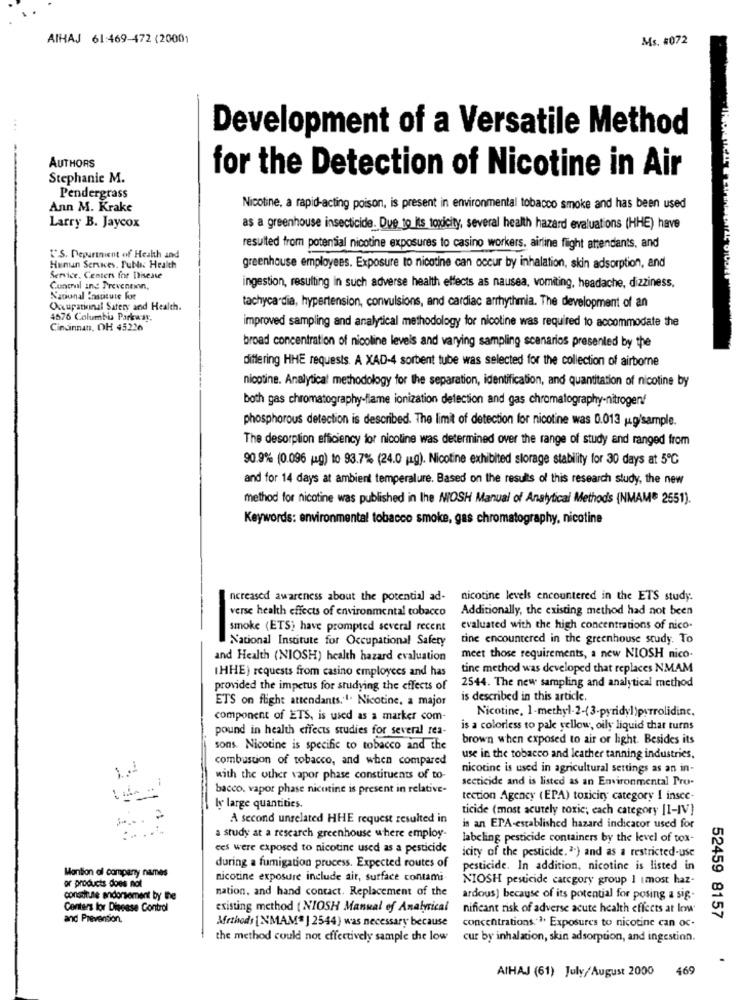
AIHAJ 61:469-472 (20001
Ms. #072
Development of a Versatile Method
AUTHORS
Stephanie M.
for the Detection of Nicotine in Air
Pendergrass
Ann M. Krake
Nicotine, a rapid-acting poison, is present in environmental tobacco smoke and has been used
Larry B. Jaycox
as a greenhouse insecticide. Due to its toxicity, several health hazard evaluations (HHE) have
resulted from potential nicotine exposures to casino workers. airline flight attendants, and
"S. Department of Health and
Human Services, Public Health
greenhouse employees. Exposure to nicotine can occur by inhalation, skin adsorption, and
Service. Centers for Disease
Control and Prevention,
ingestion, resulting in such adverse health effects as nausea, vomiting, headache, dizziness,
National Institute for
Occupational Safery and Health.
tachycardia, hypertension, convulsions, and cardiac arrhythmia. The development of an
4576 Columbia Parkway.
Cindinnan, OH 45226
improved sampling and analytical methodology for nicotine was required to accommodate the
broad concentration of nicoline levels and varying sampling scenarios presented by the
differing HHE requests. A XAD-4 sorbent tube was selected for the collection of airborne
nicotine. Analytical methodology for the separation, identification, and quantitation of nicotine by
both gas chromatography-flame ionization detection and gas chromatography-nitrogen!
phosphorous detection is described. The limit of detection for nicotine was 0.013 g/sample.
The desorption efficiency for nicoline was determined over the range of study and ranged from
90.9% (0.096 (g) to 93.7% (24.0 (g). Nicotine exhibited storage stability for 30 days at 5℃
and for 14 days at ambient temperature. Based on the results of this research study, the new
method for nicotine was published in the NIOSH Manual of Analytical Methods (NMAM" 2551).
Keywords: environmental tobacco smoke, gas chromatography, nicotine
ncreased awareness about the potential ad-
nicotine levels encountered in the ETS study.
verse health effects of environmental tobacco
Additionally, the existing method had not been
smoke (ETS) have prompted several recent
evaluated with the high concentrations of nico-
National Institute for Occupational Safety
tine encountered in the greenhouse study. To
and Health (NIOSH) health hazard evaluation
meet those requirements, a new NIOSH nico-
IHHE) requests from casino employees and has
tine method was developed that replaces NMAM
provided the impetus for studying the effects of
2544. The new sampling and analytical method
ETS on flight attendants.1. Nicotine, a major
is described in this article,
Nicotine, 1-methyl-2-(3.pyridyl)pyrrolidinc.
component of ETS, is used as a marker com-
pound in health effects studies for several rea-
is a colorless to pale yellow, oily liquid that turns
brown when exposed to air or light. Besides its
sons. Nicotine is specific to tobacco and the
combustion of tobacco, and when compared
use in the tobacco and leather tanning industries,
nicotine is used in agricultural settings as an in-
with the other vapor phase constituents of to-
secticide and is listed as an Environmental Pro-
bacco. vapor phase nicotine is present in relative-
tection Agency (EPA) toxicity category I insee-
I large quantities.
ticide (most acutely toxic; each category [I-IV]
A second unrelated HHE request resulted in
is an ETA-established hazard indicator used for
a study at a research greenhouse where employ-
labeling pesticide containers by the level of tox-
ces were exposed to nicotine used as a pesticide
icity of the pesticide.") and as a restricted-use
Mantion of company names
during a fumigation process. Expected routes of
pesticide. In addition, nicotine is listed in
nicotine exposure include air, surface contami-
NIOSH pesticide category group I most haz-
or products does not
nation. and hand contact. Replacement of the
construne endorsement by the
ardous) because of its potential for posing a sig-
Centers for Disease Control
existing method ( NIOSH Manual of Analytical
nificant risk of adverse acute health effects at low
and Prevention.
Methods [N'MAM" ] 2544) was necessary because
52459 8157
concentrations.">. Exposures to nicotine can oc-
the method could not effectively sample the low
cur by inhalation, skin adsorption, and ingestion.
AIHAJ (61) July/August 2000 469